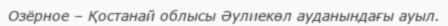
Озёрное – Қостанай облысы Әулиекөл ауданындағы ауыл.